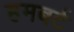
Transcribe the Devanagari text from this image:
हमबर्ट